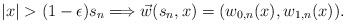
LaTeX: \begin{align*} |x| > (1- \epsilon) s_n \Longrightarrow \vec{w}(s_n,x) = (w_{0,n}(x),w_{1,n}(x)).\end{align*}